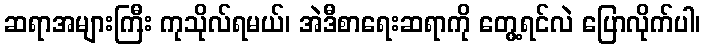
ဆရာအများကြီး ကုသိုလ်ရမယ်၊ အဲဒီစာရေးဆရာကို တွေ့ရင်လဲ ပြောလိုက်ပါ၊